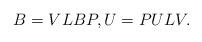
LaTeX: \begin{align*} B=VLBP,U=PULV.\end{align*}